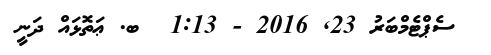
ސެޕްޓެމްބަރު 23